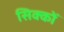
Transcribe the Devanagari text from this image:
सिक्कोँ